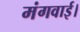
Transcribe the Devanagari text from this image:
मंगवाई।